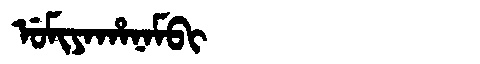
Manchu: ᡠᠮᡳᠶᠠᡥᠠᠨᠠᠮᠪᡳ
Romanization: UMIYAHANAMBI